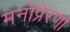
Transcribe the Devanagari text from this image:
मनोप्रेरणा